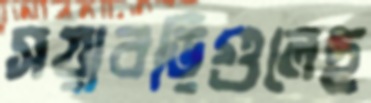
সয়াবড়িগুলেছ